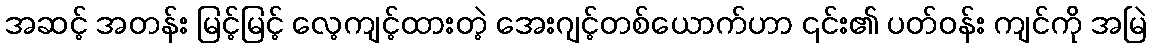
အဆင့် အတန်း မြင့်မြင့် လေ့ကျင့်ထားတဲ့ အေးဂျင့်တစ်ယောက်ဟာ ၎င်း၏ ပတ်ဝန်း ကျင်ကို အမြဲ